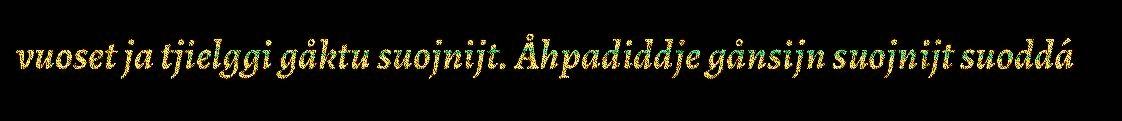
vuoset ja tjielggi gåktu suojnijt. Åhpadiddje gånsijn suojnijt suoddá